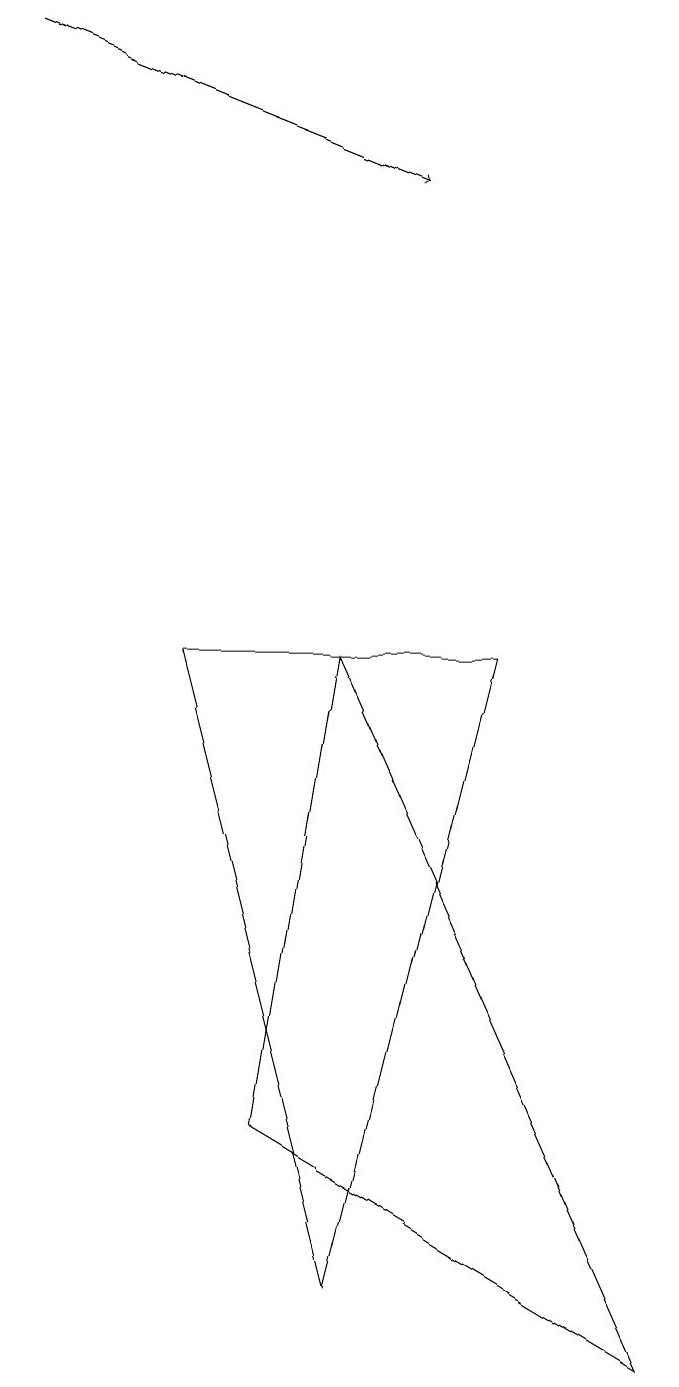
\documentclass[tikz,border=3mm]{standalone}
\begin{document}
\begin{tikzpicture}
\draw[->] (0,17) -- (5,15);
\draw (4,9) -- (8,0) -- (3,3) -- cycle;
\draw (4,1) -- (6,9) -- (2,9) -- cycle;
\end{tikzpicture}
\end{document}